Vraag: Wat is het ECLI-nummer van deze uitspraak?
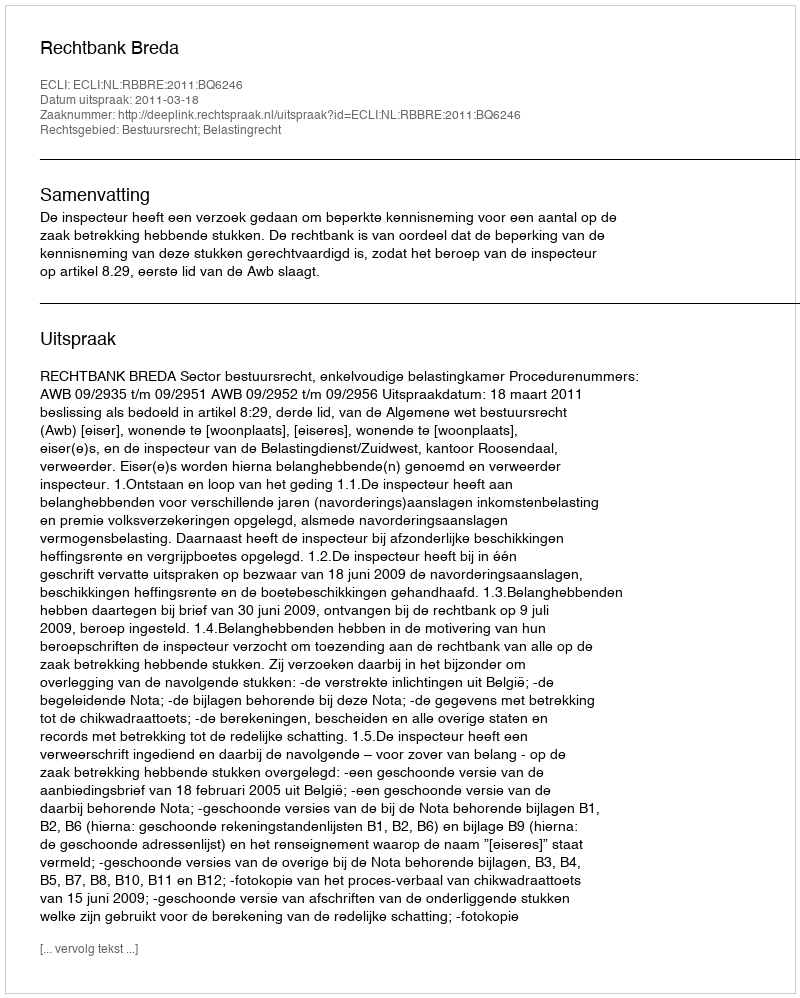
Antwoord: ECLI:NL:RBBRE:2011:BQ6246